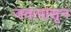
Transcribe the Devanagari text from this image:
जवापासून